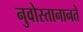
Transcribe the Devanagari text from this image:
नुवोस्तानानते